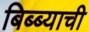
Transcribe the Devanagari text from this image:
बिब्ब्याची